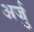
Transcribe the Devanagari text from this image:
अर्जु